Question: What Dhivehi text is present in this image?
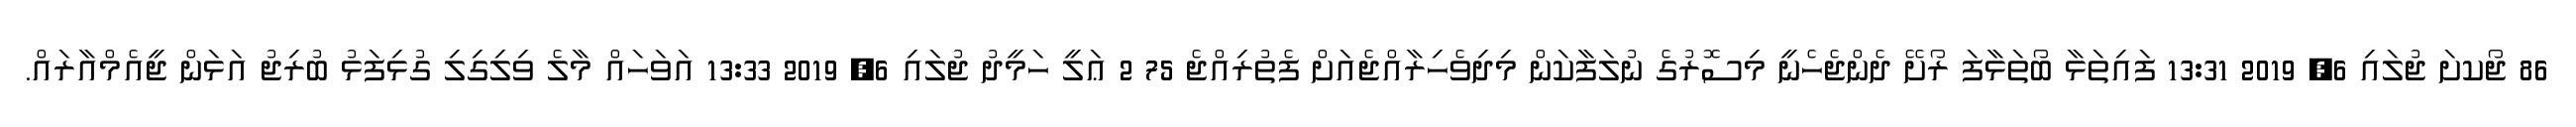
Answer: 86 ޖޯކށަ ޖުލައި 6, 2019 13:31 ފައިތަޅާ ބޯތަޅާފަ ރޯށޭ ދެންޖެހެނީ މިސޮރުގެ ނުލަފާކަން މިދިވެހިރާއްޖެއަށް ފެތުރިއްޖެ 75 2 ޢަލީ ހަމީދު ޖުލައި 6, 2019 13:33 އަވަހައް މާލެ ވިލިގިލި ގުޅިފަޅު ބުރިޖު އަޅަން ޖީއެމްއާރައް.